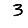
Digit: 3